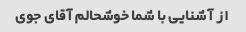
از آشنایی با شما خوشحالم آقای جوی